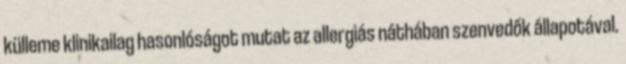
külleme klinikailag hasonlóságot mutat az allergiás náthában szenvedők állapotával.